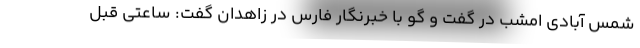
شمس آبادی امشب در گفت و گو با خبرنگار فارس در زاهدان گفت: ساعتی قبل